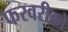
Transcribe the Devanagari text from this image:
फरवरीको